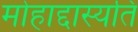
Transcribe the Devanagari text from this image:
मोहाद्दास्यति